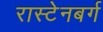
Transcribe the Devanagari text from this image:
रास्टेनबर्ग